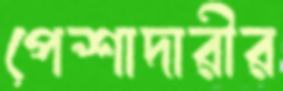
পেশাদারীর